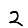
Digit: 2